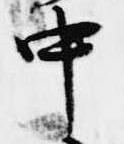
中